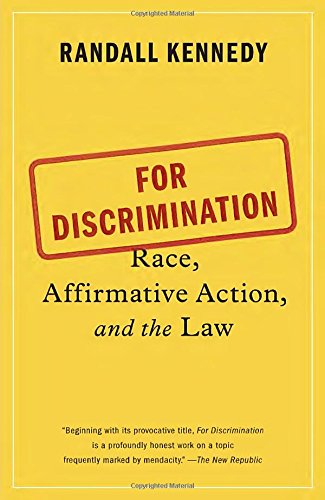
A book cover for For Discrimination: Race, Affirmative Action, and the Law; Randall Kennedy; Law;